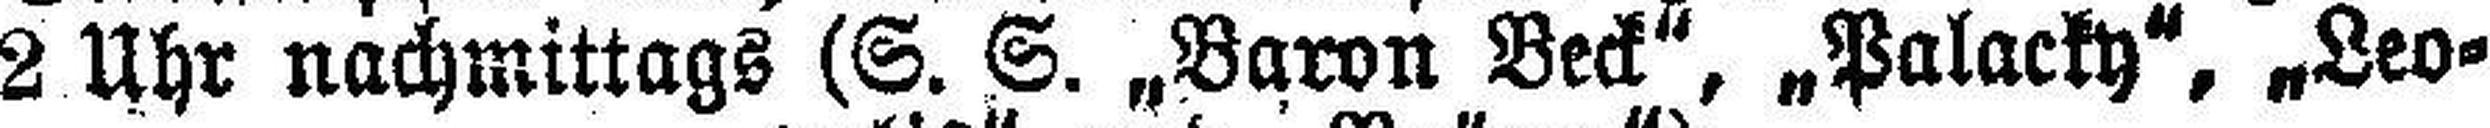
2 Uhr nachmittags (S. S. „Baron Beck“, „Palacky", „Leo¬